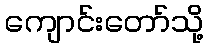
ကျောင်းတော်သို့